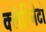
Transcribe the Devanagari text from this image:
क्लॅरिनेटो